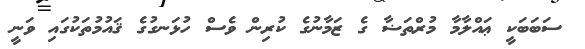
ސަބަބަކީ ޢައްލާމާ މުރްތަޟާ ގެ ޒަމާނުގެ ކުރިން ވެސް ހުޅަނގުގެ ޤައުމުތަކުގައި ވަނީ